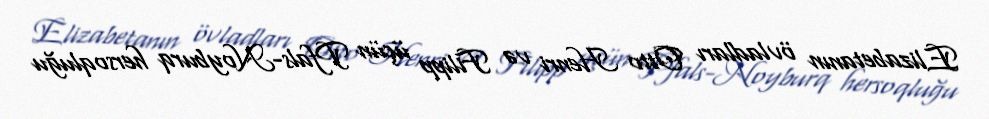
Elizabetanın övladları Otto Henri və Filipp üçün Pfals-Noyburq hersoqluğu